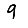
Digit: 9